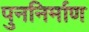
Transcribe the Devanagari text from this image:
पुननिर्माण